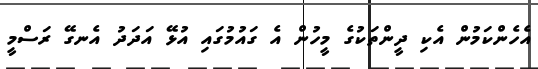
އެހެންކަމުން އެކި ދީންތަކުގެ މީހުން އެ ގައުމުގައި އުޅޭ އަދަދު އެނގޭ ރަސްމީ